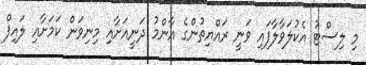
މި ލިސްޓު އެކުލަވާލާފައި ވަނީ ރައްޔިތުންގެ އާންމު ދަނީއަށާއި މިނިވަން ކަމަށާއި ލައިފް